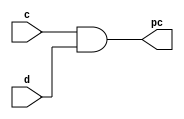
module PP(pc,c,d);

    input c,d;
    output pc;
    assign pc= c&d;

endmodule

module pi0(sout,cout,a,b,cin);

    input a,b,cin;
    output sout,cout;

    assign sout=(a^b^cin);
    assign cout= (a&b)|(b&cin)|(a&cin);

endmodule

module HA(sum,carry,a,b);

    input a,b;
    output sum,carry;

    assign sum = a ^ b;  // Sum is the XOR of A and B
    assign carry = a & b;  // Carry is the AND of A and B

endmodule

module FA(sum,carry,a,b,cin);

    input a,b,cin;
    output sum,carry;

    assign sum = a ^ b ^ cin;  // Sum is the XOR of A and B
    assign carry = (a & b) | (b & cin) | (a & cin) ;  // Carry is the AND of A and B

endmodule

    
/////////////////

module pi1(sout,a,b,sin);

    input a,b,sin;
    output sout;

    assign sout= sin ^ (a & b);

endmodule

module pi2(sout,cout,a,b,sin);

    input a,b,sin;
    output sout,cout;

    HA HA00(sout,cout,sin,(a&b));

endmodule

module pi3(sout,cout,ai,aj,bi,bj,sin);

    input ai,aj,bi,bj,sin;
    output sout,cout;

    FA FA00(sout,cout,sin,(ai&bi),(aj&bj));

endmodule